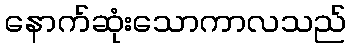
နောက်ဆုံးသောကာလသည်